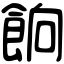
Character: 餉